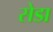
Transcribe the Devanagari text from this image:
सेडा